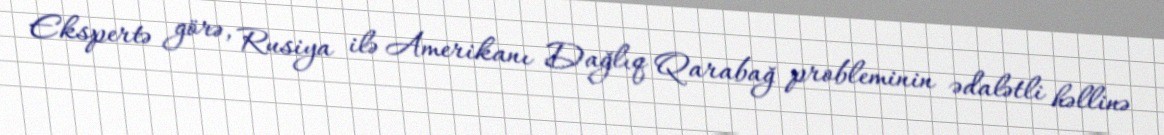
Ekspertə görə, Rusiya ilə Amerikanı Dağlıq Qarabağ probleminin ədalətli həllinə